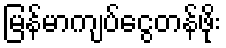
မြန်မာကျပ်ငွေတန်ဖိုး